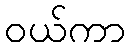
ဝယ်ကာ